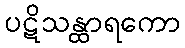
ပဋိသန္ထာရကော